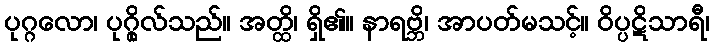
ပုဂ္ဂလော၊ ပုဂ္ဂိုလ်သည်။ အတ္ထိ၊ ရှိ၏။ နာရဗ္ဘိ၊ အာပတ်မသင့်။ ဝိပ္ပဋိသာရီ၊